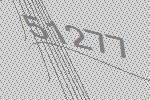
51277